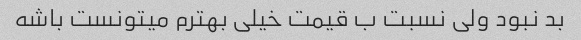
بد نبود ولی نسبت ب قیمت خیلی بهترم میتونست باشه